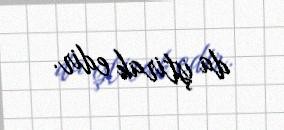
da iştirak edir.